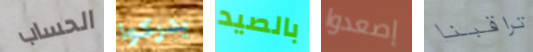
الحساب يدركوا بالصيد إصعدوا تراقبنا